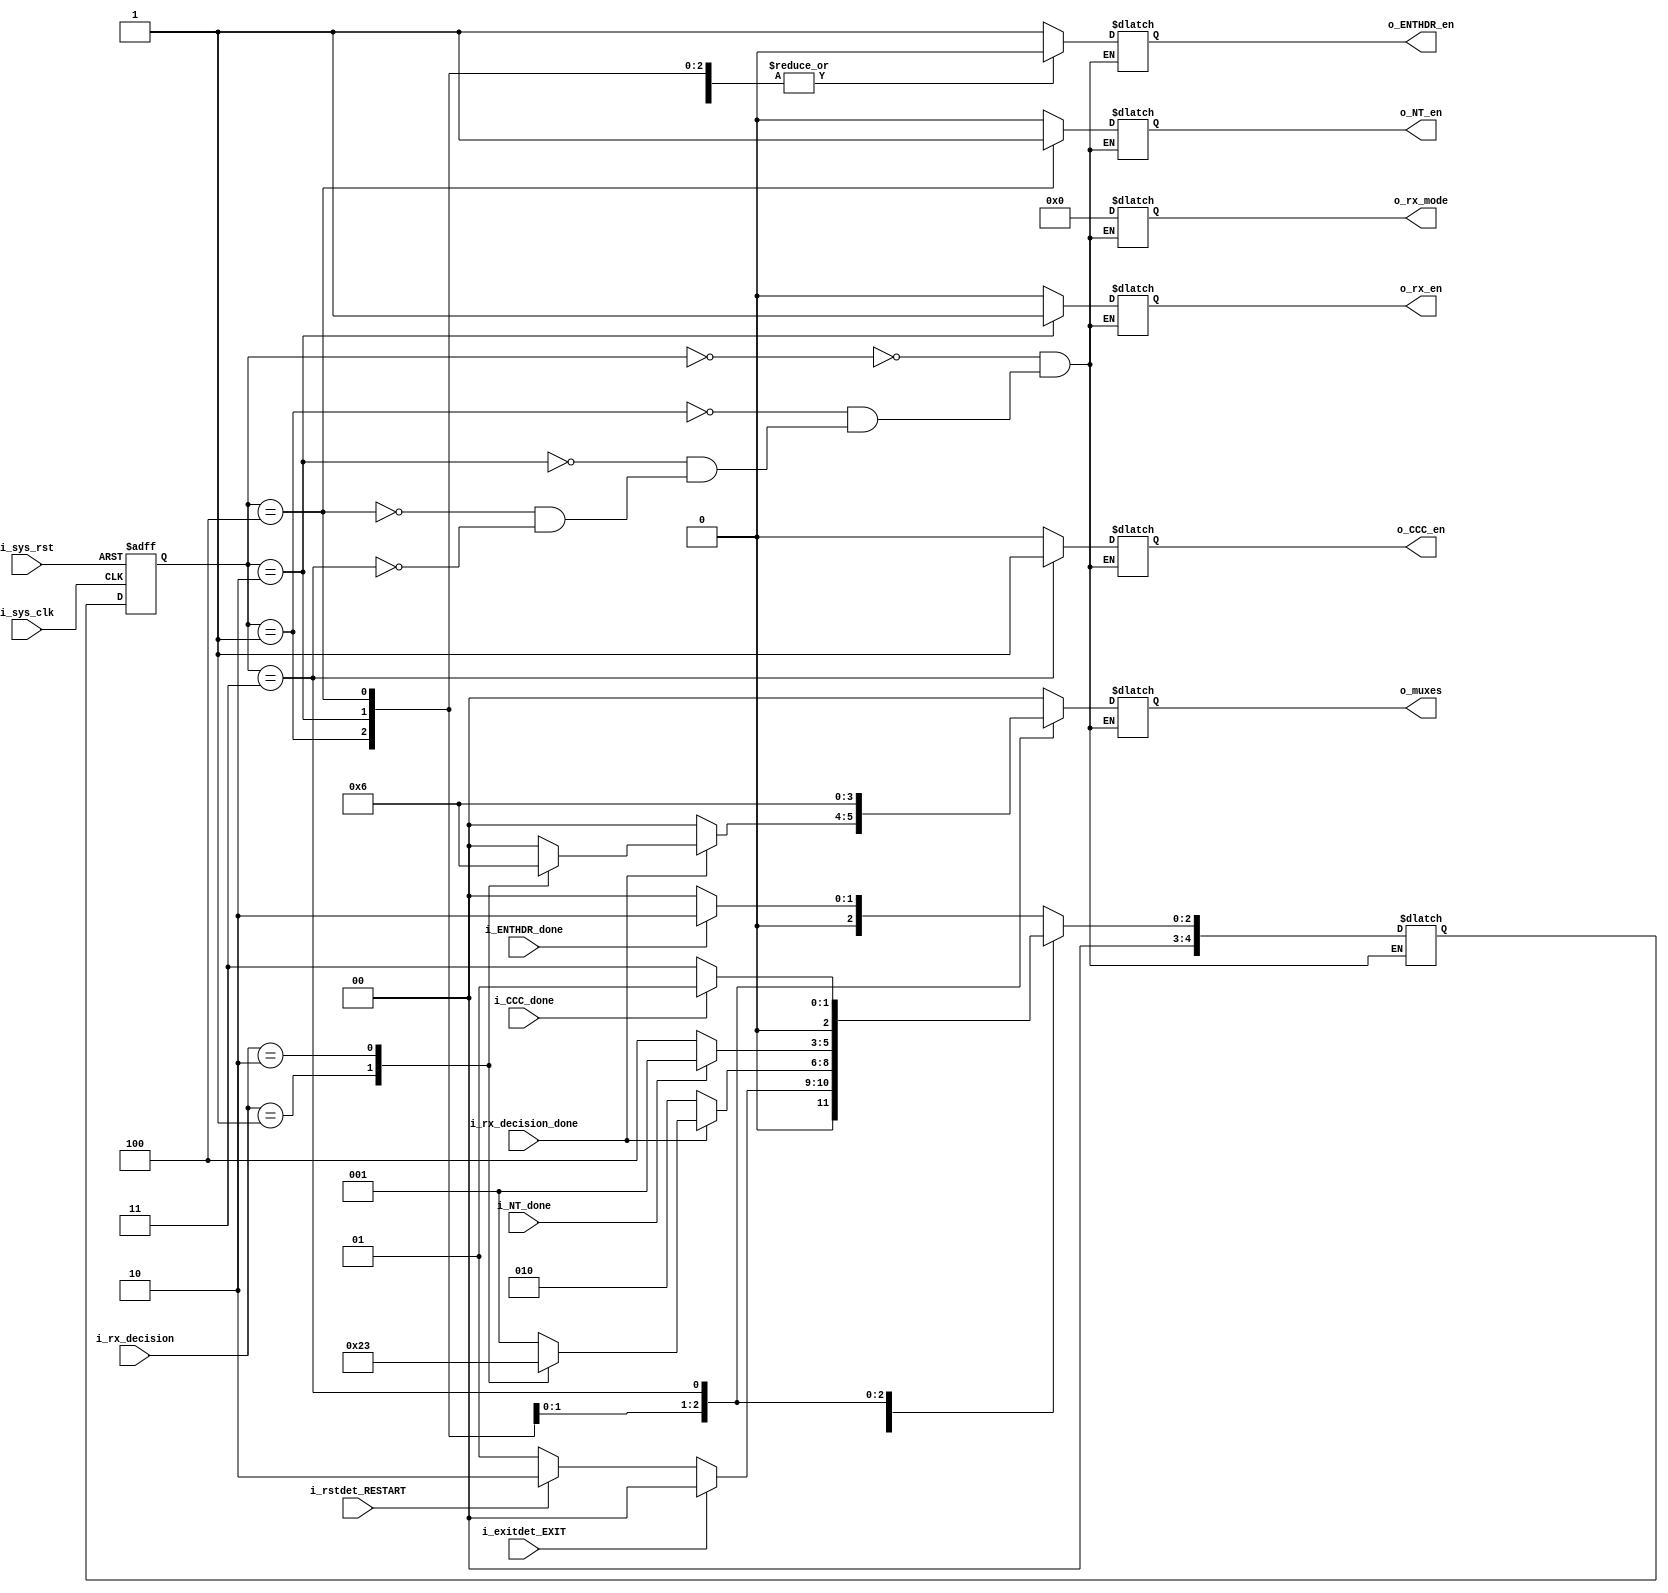
module Target_engine (
	input wire 		 i_sys_clk ,
	input wire 		 i_sys_rst ,
	input wire 		 i_rstdet_RESTART , 
	input wire 		 i_exitdet_EXIT ,
	input wire 		 i_ENTHDR_done ,
	input wire  	 i_CCC_done ,
	input wire 		 i_NT_done ,
	input wire [1:0] i_rx_decision ,
	input wire 		 i_rx_decision_done ,

	output reg [1:0] o_muxes ,
	output reg 		 o_ENTHDR_en   ,
	output reg 		 o_NT_en     ,
	output reg 	     o_CCC_en    ,
	output reg 	 	 o_rx_en     ,
	output reg [3:0] o_rx_mode     
);


// internal signals 
reg [4:0] current_state , next_state ;

localparam  [4:0]  IDLE_SDR         = 5'd0  ,
                   IDLE_HDR  	    = 5'd1  ,
                   INITIALIZE       = 5'd2  , 
                   CCC_HANDLER      = 5'd3  , 
                   DDR_NT           = 5'd4  ;

////////////////////////////////////////// RX Parameters ////////////////////////////////////////////////

parameter  [3:0]  initializing 			  = 4'b0000,  
                  pereamble 			  = 4'b0001, 
				  deserializing_data 	  = 4'b0010, 
				  deserializing_ccc_value = 4'b0011, 
				  check_Parity 			  = 4'b0100, 
				  token_CRC 			  = 4'b0101, 
				  CRC_value           	  = 4'b0110, 
				  deserializing_address   = 4'b0111, 
				  deserializing_zeros     = 4'b1000, 
				  special_pereamble       = 4'b1001; 

////////////////////////////////////////// decision Parameters //////////////////////////////////////////

parameter  [1:0]  not_me = 2'b00, 
                  me_ddr = 2'b01, 
				  CCC 	 = 2'b10, 
				  error  = 2'b11;

//////////////////////////////////////////// muxes Parameters ///////////////////////////////////////////

parameter  [1:0]  engine = 2'b00, 
                  ddr_nt = 2'b01, 
				  ccc 	 = 2'b10; 
				  			  
////////////////////////////////////////// state memory ////////////////////////////////////////////////

    always @(posedge i_sys_clk or negedge i_sys_rst) begin
        if (!i_sys_rst) begin
            current_state <= IDLE_SDR ;
        end
        else  begin
            current_state <= next_state ;
        end
    end

////////////////////////////////////////// output logic ////////////////////////////////////////////////
 	always @(*) begin
 		case (current_state)
 			IDLE_SDR: begin 
 				o_ENTHDR_en = 1'b1 ;
				o_NT_en     = 1'b0 ;
				o_CCC_en    = 1'b0 ;
				o_rx_en     = 1'b0 ;
				o_rx_mode   = initializing; // no meaining to drive this output here but preventing latching
				o_muxes     = engine ;

				if(i_ENTHDR_done) begin 
					next_state = INITIALIZE ;
				end

				else begin 
					next_state = IDLE_SDR ;
				end 
 			end

 			IDLE_HDR: begin 
 				o_ENTHDR_en = 1'b0 ;
				o_NT_en     = 1'b0 ;
				o_CCC_en    = 1'b0 ;
				o_rx_en     = 1'b0 ;
				o_rx_mode   = initializing; // no meaining to drive this output here but preventing latching 
				o_muxes     = engine ;

				if(i_exitdet_EXIT) begin 
					next_state = IDLE_SDR ;
				end 
				else if (i_rstdet_RESTART) begin 
					next_state = INITIALIZE ;
				end
				else begin 
					next_state = IDLE_HDR ;
				end 
 			end

 			INITIALIZE: begin 
 				o_ENTHDR_en = 1'b0 ;
				o_NT_en     = 1'b0 ;
				o_CCC_en    = 1'b0 ;
				o_rx_en     = 1'b1 ;
				o_rx_mode   = initializing;
				o_muxes     = engine ;

				if(i_rx_decision_done) begin 
					case (i_rx_decision) 
						not_me : begin 
							next_state = IDLE_HDR ;
						end
						error  : begin
							next_state = IDLE_HDR ;
						end  
						me_ddr : begin
							next_state = DDR_NT ;
							o_muxes    = ddr_nt ;
						end 
						CCC    : begin
							next_state = CCC_HANDLER ;
							o_muxes    = ccc ;
						end 
					endcase
				end 
				
				else begin 
					next_state = INITIALIZE ;
				end 
 			end

 			DDR_NT: begin 
 				o_ENTHDR_en = 1'b0 ;
 				o_CCC_en    = 1'b0 ;
				o_NT_en     = 1'b1 ;
				o_muxes     = ddr_nt ;
				o_rx_en     = 1'b0 ;
				o_rx_mode   = initializing; // no meaining to drive this output here but preventing latching

				if(i_NT_done) begin 
					next_state = IDLE_HDR ;
				end 
				
				else begin 
					next_state = DDR_NT ;
				end 
 			end

 			CCC_HANDLER: begin 
 				o_ENTHDR_en = 1'b0 ;
 				o_CCC_en    = 1'b1 ;
				o_NT_en     = 1'b0 ;
				o_muxes     = ccc ;
				o_rx_en     = 1'b0 ;
				o_rx_mode   = initializing; // no meaining to drive this output here but preventing latching
				
				if(i_CCC_done) begin 
					next_state = IDLE_HDR ;
				end 
				
				else begin 
					next_state = CCC_HANDLER ;
				end 
 			end
 		endcase
 	end  
endmodule